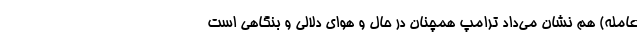
عامله) هم نشان می‌داد ترامپ همچنان در حال و هوای دلالی و بنگاهی است